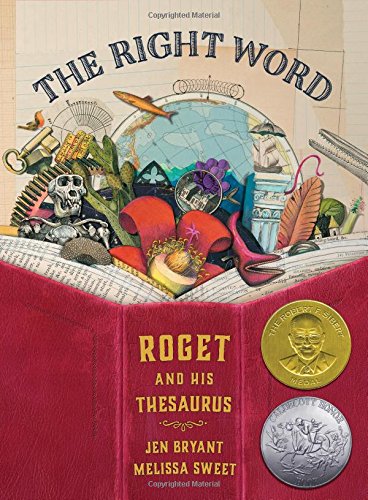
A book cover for The Right Word: Roget and His Thesaurus; Jen Bryant; Children's Books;